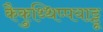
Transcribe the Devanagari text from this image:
कैकुथ्थिप्पयाट्टू